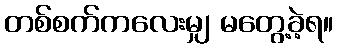
တစ်စက်ကလေးမျှ မတွေ့ခဲ့ရ။